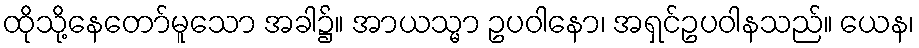
ထိုသို့နေတော်မူသော အခါ၌။ အာယသ္မာ ဥပဝါနော၊ အရှင်ဥပဝါနသည်။ ယေန၊